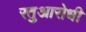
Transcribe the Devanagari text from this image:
रतुआरोधी